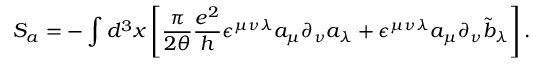
S _ { a } = - \int d ^ { 3 } x \left[ \frac { \pi } { 2 \theta } \frac { e ^ { 2 } } { h } \epsilon ^ { \mu \nu \lambda } a _ { \mu } \partial _ { \nu } a _ { \lambda } + \epsilon ^ { \mu \nu \lambda } a _ { \mu } \partial _ { \nu } { \tilde { b } } _ { \lambda } \right] .